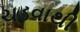
ચડવાથી